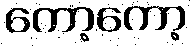
ကော့ကော့